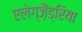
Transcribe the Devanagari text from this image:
एलेग्ज़ैंड्रिया